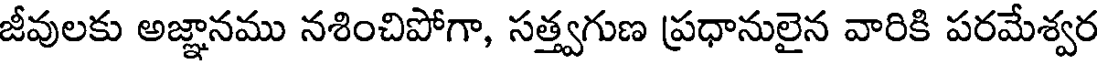
జీవులకు అజ్ఞానము నశించిపోగా, సత్త్వగుణ ప్రధానులైన వారికి పరమేశ్వర